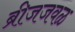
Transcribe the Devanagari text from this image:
ब्रीजजवळ